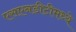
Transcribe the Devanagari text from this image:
एसएनडीटीमध्ये